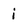
Character: i